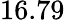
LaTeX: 16.79